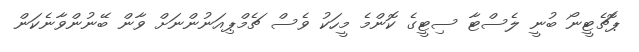
ޕޮޗެޓީނޯ ބުނީ ލެސްޓާ ސިޓީގެ ކޮންމެ މީހަކު ވެސް ޗެމްޕިއަނުންނަށް ވާން ބޭނުންވާނެކަން